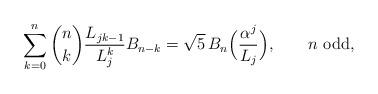
LaTeX: \begin{align*}\sum_{k = 0}^n \binom nk \frac{L_{jk-1}}{L_j^k} B_{n-k} =\sqrt5\, B_n\Big(\frac{\alpha ^j }{L_j}\Big),\qquad\mbox{$n$ odd},\end{align*}